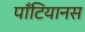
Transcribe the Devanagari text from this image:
पाँटियानस